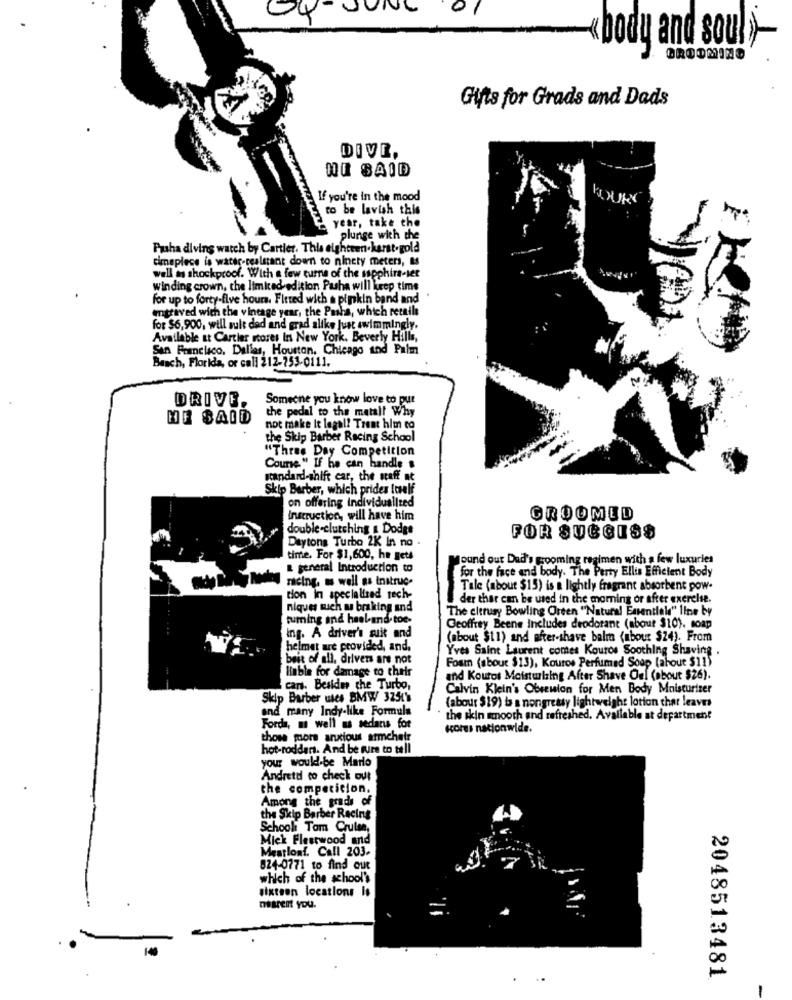
0
04- JUNE
body and soul -
GROOMING
Gifts for Grads and Dads
DIVE,
HO SAID
If you're in the mood
to be lavish this
year, take the
plunge with the
Pusha diving watch by Cartier. This eighteen.karst.gold
cimepiece is water-realstant down to ninety meters, as
well in shockproof. With a few ture of the sapphire-ser
Winding crown, the limited edition Pasha will keep time
for up to forty-five hours. Fitted with a pinkin band and
entraved with the vintage year, the Pasha, which retails
for $6,900, will sult dad and grad alike just swimmingly.
Available at Cartier mores In New York. Beverly Hills,
San Francisco, Dallas, Houston, Chicago and Palm
Beach, Florida, or call 212-753-0111.
DRIVE.
Someone you know love to pur
the pedal to the metal! Why
HE SAID
not make It legal? Trest him to
the Skip Barber Racing School
"Three Day Competition
Course " If he can handle &
standard-shift car, the staff at
Skip Barber, which prides !celf
on offering Individualited
instruction, will have him
GROOMED
double-clutching & Dodge
Daytons Turbo 2K In no .
FOR SUCCESS
time. For $1,600, he gets
found out Dad's grooming regimen with a few luxuries
& general Introduction to
for the face and body. The Party Ellis Efficient Body
racing, as well as instruc.
Tale (about $15) is & lightly fragrant absorbent pow-
tion in specialized tech-
der thar can be used in the morning or after exercise.
niques such a braking and
"The citrusy Bowling Orten "Natural Essentiale" line by
tuming and haol-and- toe-
Geoffrey Beene Includes deodorant (about $10). soap
ing. A driver's suit and
(about $11) and after-shave balm (mbour $24). From
helmet are provided, and.
Yves Saint Laurent comes Kouros Soothing Shaving .
beit of all, drivers are not
Foam (about $13), Kouros Perfumed Soap (about $11)
Hable for damage to their
and Kouros Moisturizing After Shave Oel (about $26).
cars. Besides the Turbo,
Calvin Klein's Obsession for Men Body Moisturizer
Skip Barber uses BMW 325L
(abour $19) b s nongreasy lightweight lotion that leaves
and many Indy-like Formula
the skin smooth and refreshed, Available at department
Forda, m well as sedans for
kores nationwide.
those mors anxious armchetr
hot-roddans. And be Fire to tell
your would-be Marlo
Andretd to check out
the competition.
Among the grads of
the Skip Barber Racing
School Tom Cruise,
Mick Fleetwood and
Meatloaf. Call 203.
824-0771 to find out
which of the school's
sixteen locations Is
nesrent you.
2048513481